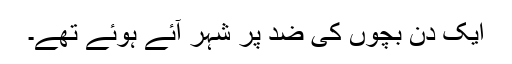
ایک دن بچوں کی ضد پر شہر آٓئے ہوئے تھے۔